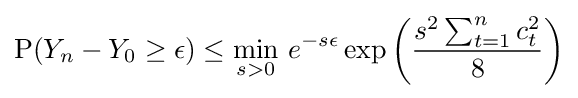
{\text{P}}(Y_{n}-Y_{0}\geq \epsilon )\leq {\underset {s>0}{\min }}\ e^{-s\epsilon }\exp \left({\frac {s^{2}\sum _{t=1}^{n}c_{t}^{2}}{8}}\right)